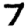
Digit: 7